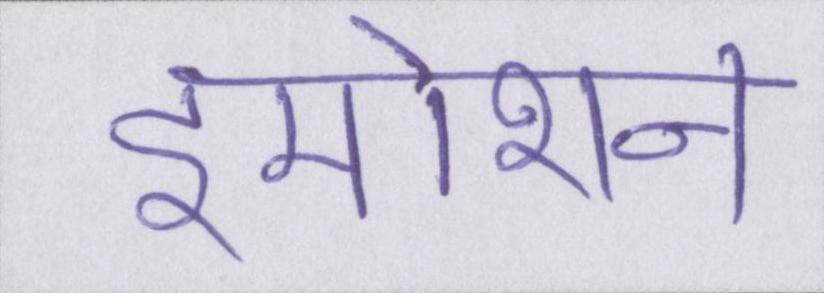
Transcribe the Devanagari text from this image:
इमोशन